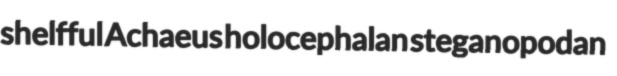
shelfful Achaeus holocephalan steganopodan